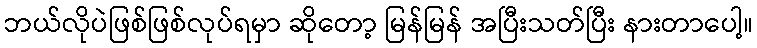
ဘယ်လိုပဲဖြစ်ဖြစ်လုပ်ရမှာ ဆိုတော့ မြန်မြန် အပြီးသတ်ပြီး နားတာပေါ့။